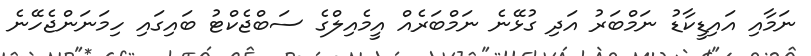
ނަމާއި އައިޑީކާޑު ނަމްބަރު އަދި ގުޅޭނެ ނަމްބަރެއް އީމެއިލްގެ ސަބްޖެކްޓު ބައިގައި ހިމަނަންޖެހޭނެ